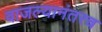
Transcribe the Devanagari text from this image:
वाजल्यानंतरच